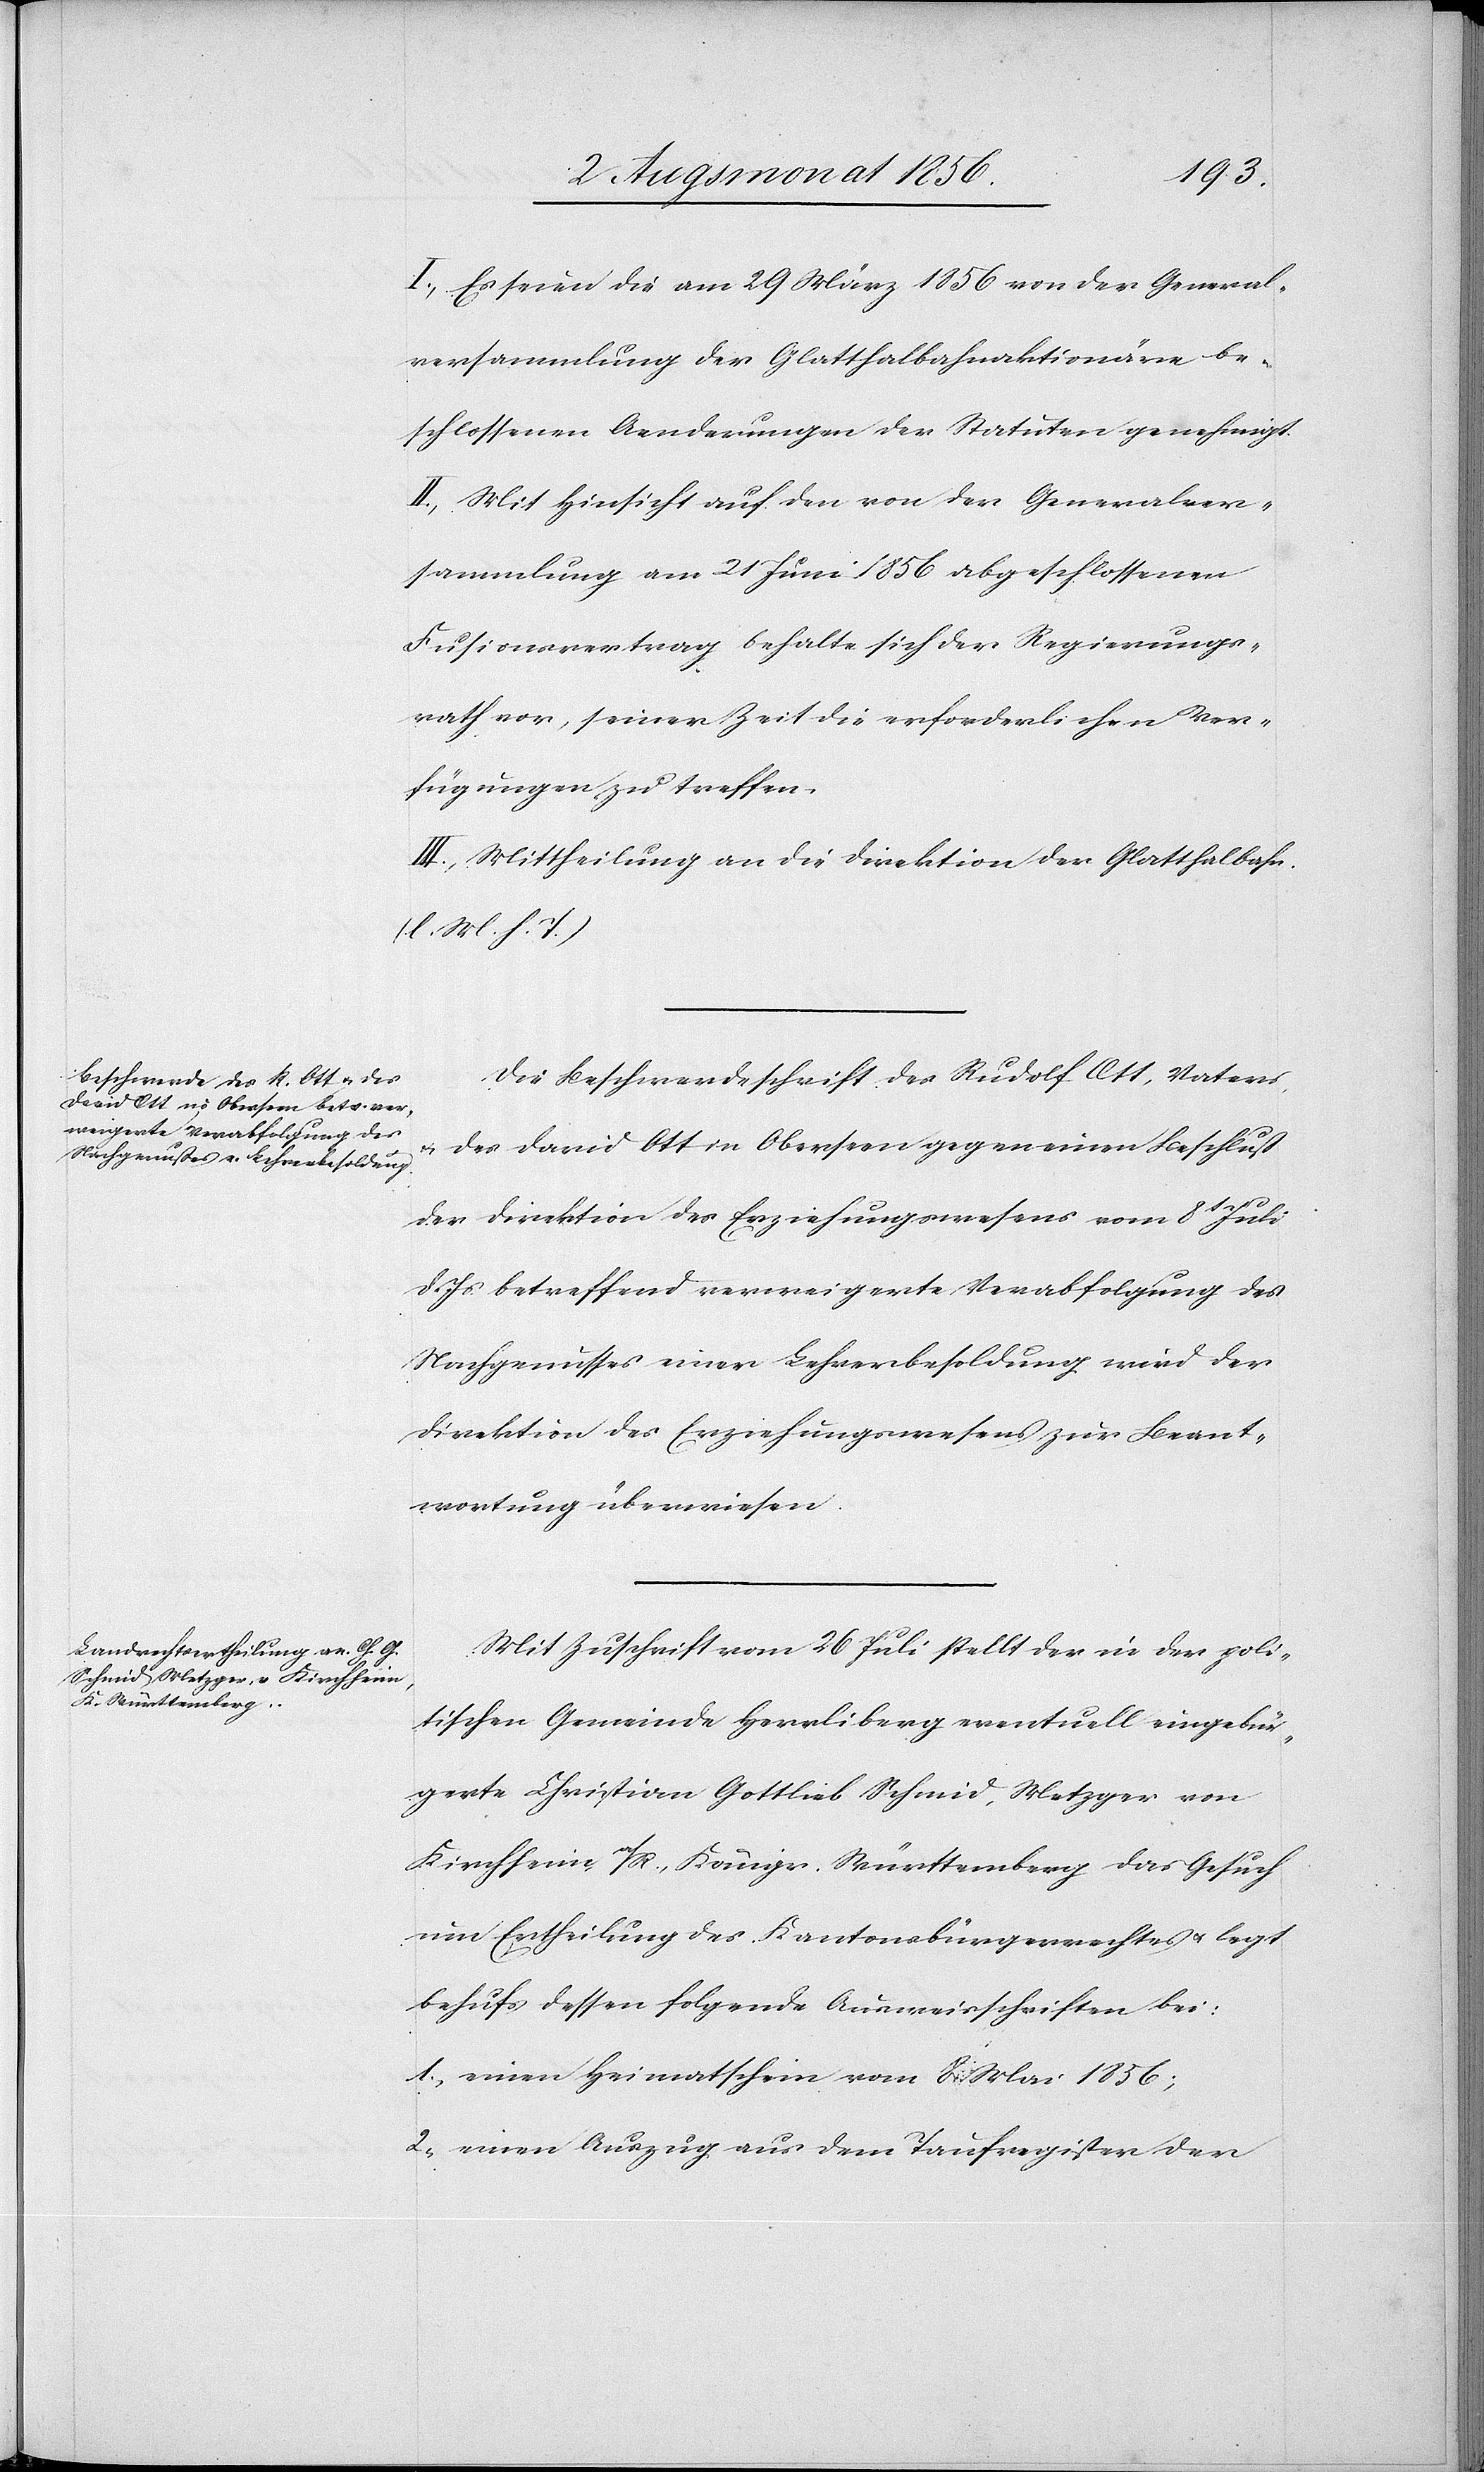
I.) Es seien die am 29 März 1856 von der General¬
versammlung der Glatthalbahnaktionäre be¬
schlossenen Aenderungen der Statuten genehmigt.
II.) Mit Hinsicht auf den von der Generalver¬
sammlung am 21 Juni 1856 abgeschlossenen
Fusionsvertrag behalte sich der Regierungs¬
rath vor, seiner Zeit die erforderlichen Ver¬
fügungen zu treffen.
III.) Mittheilung an die Direktion der Glatthalbahn.
(l. M. h. T.)
Die Beschwerdeschrift des Rudolf Ott, Vaters,
u. des David Ott in Oberseen gegen einen Beschluß
der Direktion des Erziehungswesens vom 8t Juli
d. Js. betreffend verweigerte Verabfolgung des
Nachgenusses einer Lehrerbesoldung wird der
Direktion des Erziehungswesens zur Beant¬
wortung überwiesen.
Mit Zuschrift vom 26 Juli stellt der in der poli¬
tischen Gemeinde Herrliberg eventuell eingebür¬
gerte Christian Gottlieb Schmid, Metzger von
Kirchheim, a/A., Königr. Württemberg das Gesuch
um Ertheilung des Kantonsbürgerrechtes u. legt
behufs dessen folgende Ausweisschriften bei:
1.) einen Heimatschein vom 8. Mai 1856;
2.) einen Auszug aus dem Taufregister der